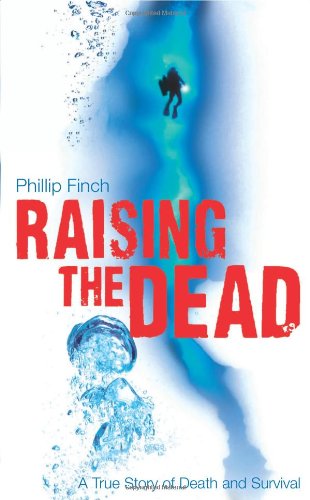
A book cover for Raising the Dead: A True Story of Death and Survival; Phillip Finch; Sports & Outdoors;